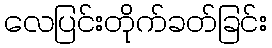
လေပြင်းတိုက်ခတ်ခြင်း